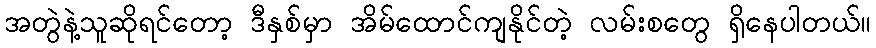
အတွဲနဲ့သူဆိုရင်တော့ ဒီနှစ်မှာ အိမ်ထောင်ကျနိုင်တဲ့ လမ်းစတွေ ရှိနေပါတယ်။